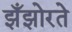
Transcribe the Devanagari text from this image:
झँझोरते